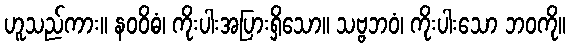
ဟူသည်ကား။ နဝဝိဓံ၊ ကိုးပါးအပြားရှိသော။ သဗ္ဗဘဝံ၊ ကိုးပါးသော ဘဝကို။